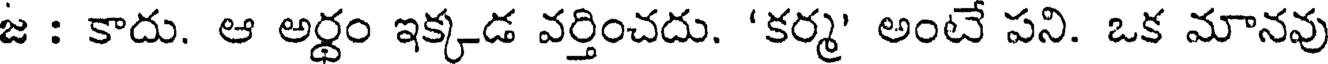
జ : కాదు. ఆ అర్థం ఇక్కడ వర్తించదు. 'కర్మ' అంటే పని. ఒక మానవు